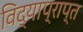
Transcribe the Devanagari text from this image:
विद्याप्राप्त